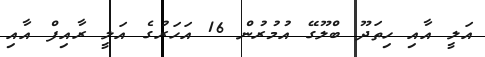
އަލީ އާއި ހިތަދޫ ބްލޫގޭ އުމުރުން 16 އަހަރުގެ އަލީ ރާއިފް އާއި